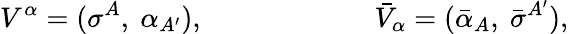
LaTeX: V^{\alpha}=(\sigma^{A},\ \alpha_{A^{\prime}}),\qquad\qquad\qquad{\bar{V}}_{\alpha}=({\bar{\alpha}_{A}},\ {\bar{\sigma}}^{A^{\prime}}),